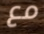
مع